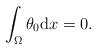
\begin{align*}\int_{\Omega} \theta_{0} \mathrm{d} x = 0. \end{align*}